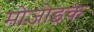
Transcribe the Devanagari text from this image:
मोज़ोइक